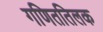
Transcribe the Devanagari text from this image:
गणिततिलक